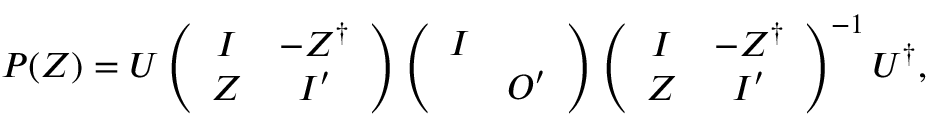
P ( Z ) = U \left( \begin{array} { c c } { { I } } & { { - Z ^ { \dag } } } \\ { { Z } } & { { I ^ { \prime } } } \end{array} \right) \left( \begin{array} { c c } { { I } } & { { } } \\ { { } } & { { O ^ { \prime } } } \end{array} \right) \left( \begin{array} { c c } { { I } } & { { - Z ^ { \dag } } } \\ { { Z } } & { { I ^ { \prime } } } \end{array} \right) ^ { - 1 } U ^ { \dag } ,